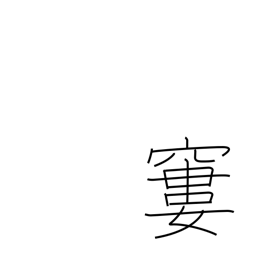
Meaning: emaciated